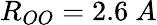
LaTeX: R_{OO}=2.6\ A